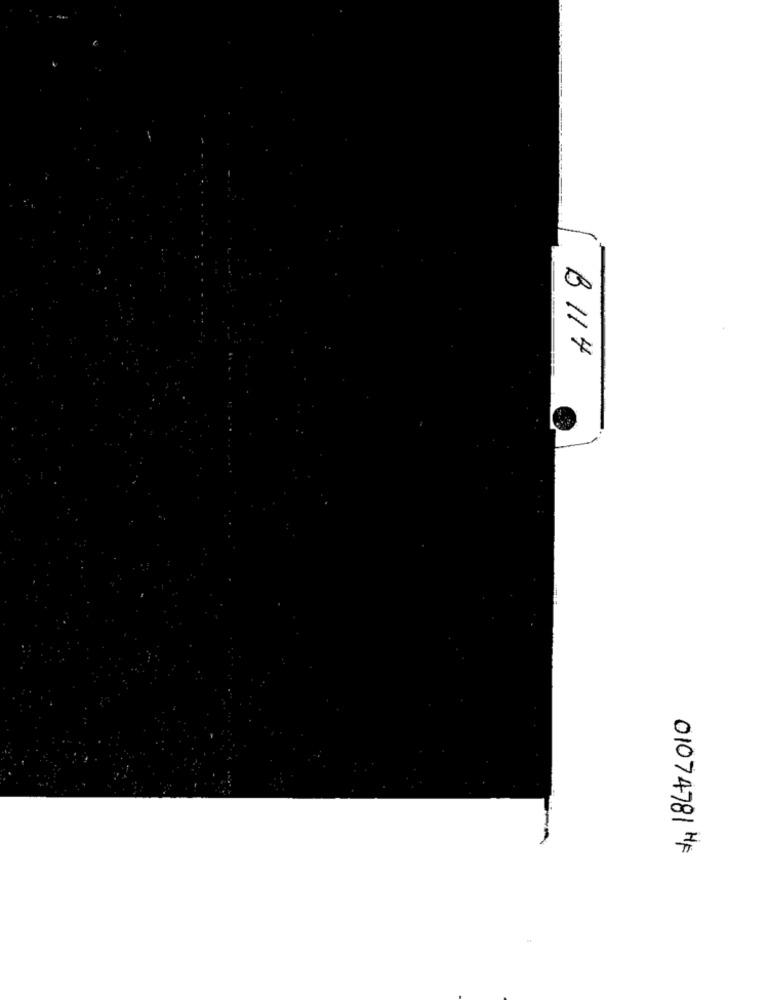
B 114
01074781 HF